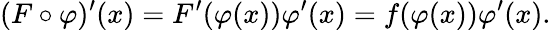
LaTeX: (F\circ\varphi)^{\prime}(x)=F^{\prime}(\varphi(x))\varphi^{\prime}(x)=f(\varphi(x))\varphi^{\prime}(x).